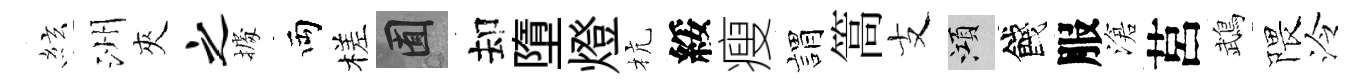
絃洲夾之𢴃両槎囿却墮燈杭綏瘦娟篙支澒餞服滄莒鵡隈泠